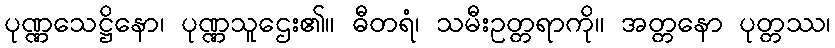
ပုဏ္ဏသေဋ္ဌိနော၊ ပုဏ္ဏသူဌေး၏။ ဓီတရံ၊ သမီးဥတ္တရာကို။ အတ္တနော ပုတ္တဿ၊